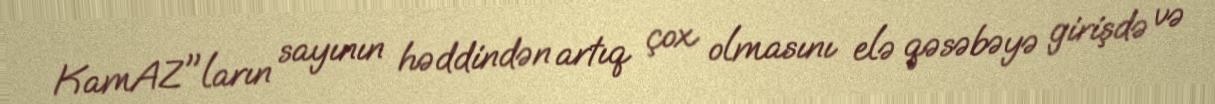
KamAZ"ların sayının həddindən artıq çox olmasını elə qəsəbəyə girişdə və